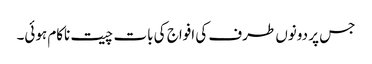
جس پر دونوں طرف کی افواج کی بات چیت ناکام ہوئی۔